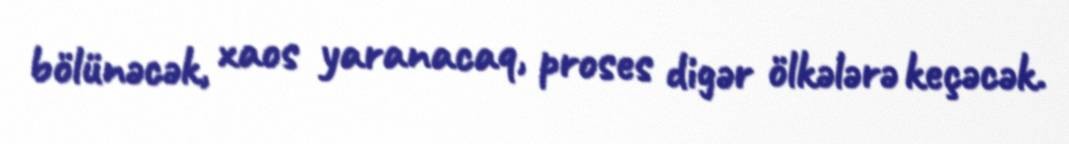
bölünəcək, xaos yaranacaq, proses digər ölkələrə keçəcək.